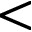
<